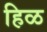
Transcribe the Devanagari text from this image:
हिळ